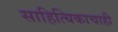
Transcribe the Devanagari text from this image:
साहित्यिकाचाही